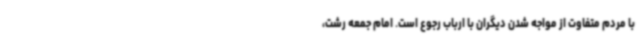
با مردم متفاوت از مواجه شدن دیگران با ارباب رجوع است. امام جمعه رشت،